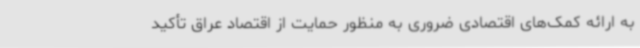
به ارائه کمک‌های اقتصادی ضروری به منظور حمایت از اقتصاد عراق تأکید